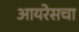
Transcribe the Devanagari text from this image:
आयरेसचा